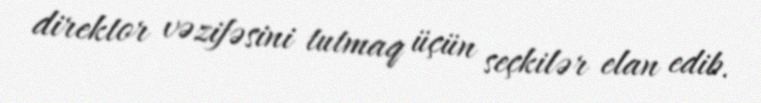
direktor vəzifəsini tutmaq üçün seçkilər elan edib.